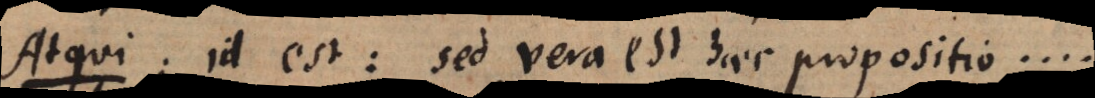
Atqui: id est: sed vera est haec propositio....